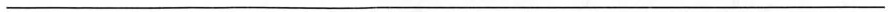
___